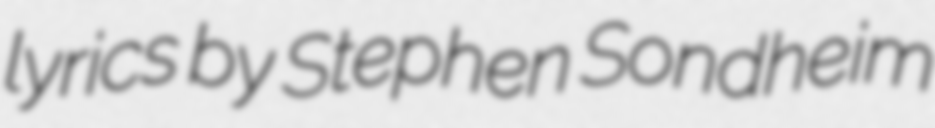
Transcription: lyrics by Stephen Sondheim